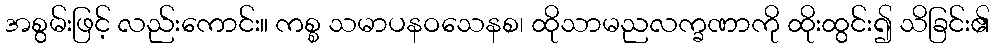
အစွမ်းဖြင့် လည်းကောင်း။ ကစ္စ သမာပနဝသေနစ၊ ထိုသာမညလက္ခဏာကို ထိုးထွင်း၍ သိခြင်း၏